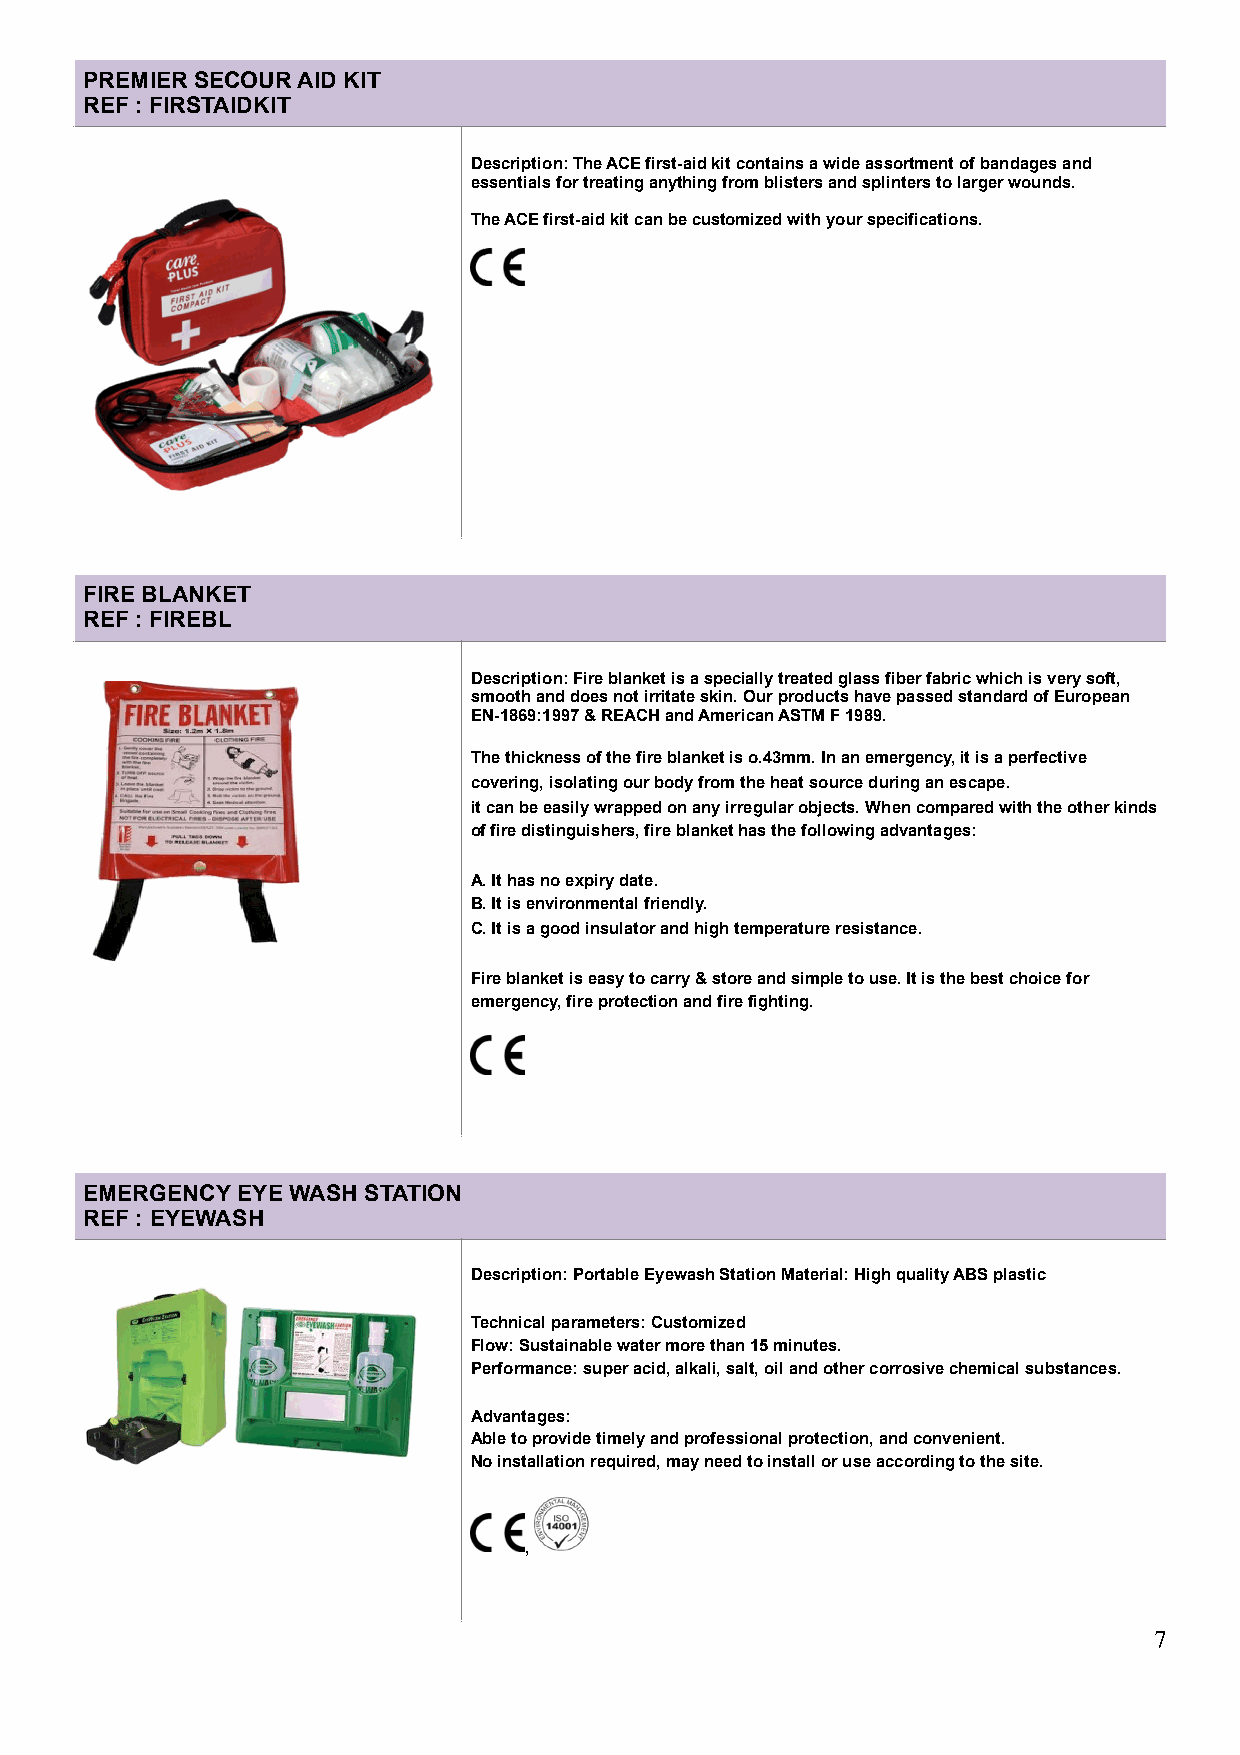
PREMIER SECOUR AID KIT
 REF : FIRSTAIDKIT
 Description: The ACE first-aid kit contains a wide assortment of bandages and
 essentials for treating anything from blisters and splinters to larger wounds.
 The ACE first-aid kit can be customized with your specifications.
 !
 !
 FIRE BLANKET
 REF : FIREBL
 Description: Fire blanket is a specially treated glass fiber fabric which is very soft,
 smooth and does not irritate skin. Our products have passed standard of European
 EN-1869:1997 & REACH and American ASTM F 1989.
 The thickness of the fire blanket is o.43mm. In an emergency, it is a perfective
 covering, isolating our body from the heat source during an escape.
 it can be easily wrapped on any irregular objects. When compared with the other kinds
 of fire distinguishers, fire blanket has the following advantages:
 A. It has no expiry date.
 B. It is environmental friendly.
 C. It is a good insulator and high temperature resistance.
 !
 Fire blanket is easy to carry & store and simple to use. It is the best choice for
 emergency, fire protection and fire fighting.
 !
 EMERGENCY EYE WASH STATION
 REF : EYEWASH
 Description: Portable Eyewash Station Material: High quality ABS plastic
 Technical parameters: Customized
 Flow: Sustainable water more than 15 minutes.
 Performance: super acid, alkali, salt, oil and other corrosive chemical substances.
 Advantages:
 Able to provide timely and professional protection, and convenient.
 !        !               No installation required, may need to install or use according to the site.
 ,
 !7